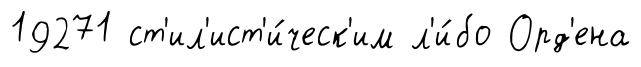
19271 ст'ил'ист'и́ческ'им л'и́бо Орд'ена